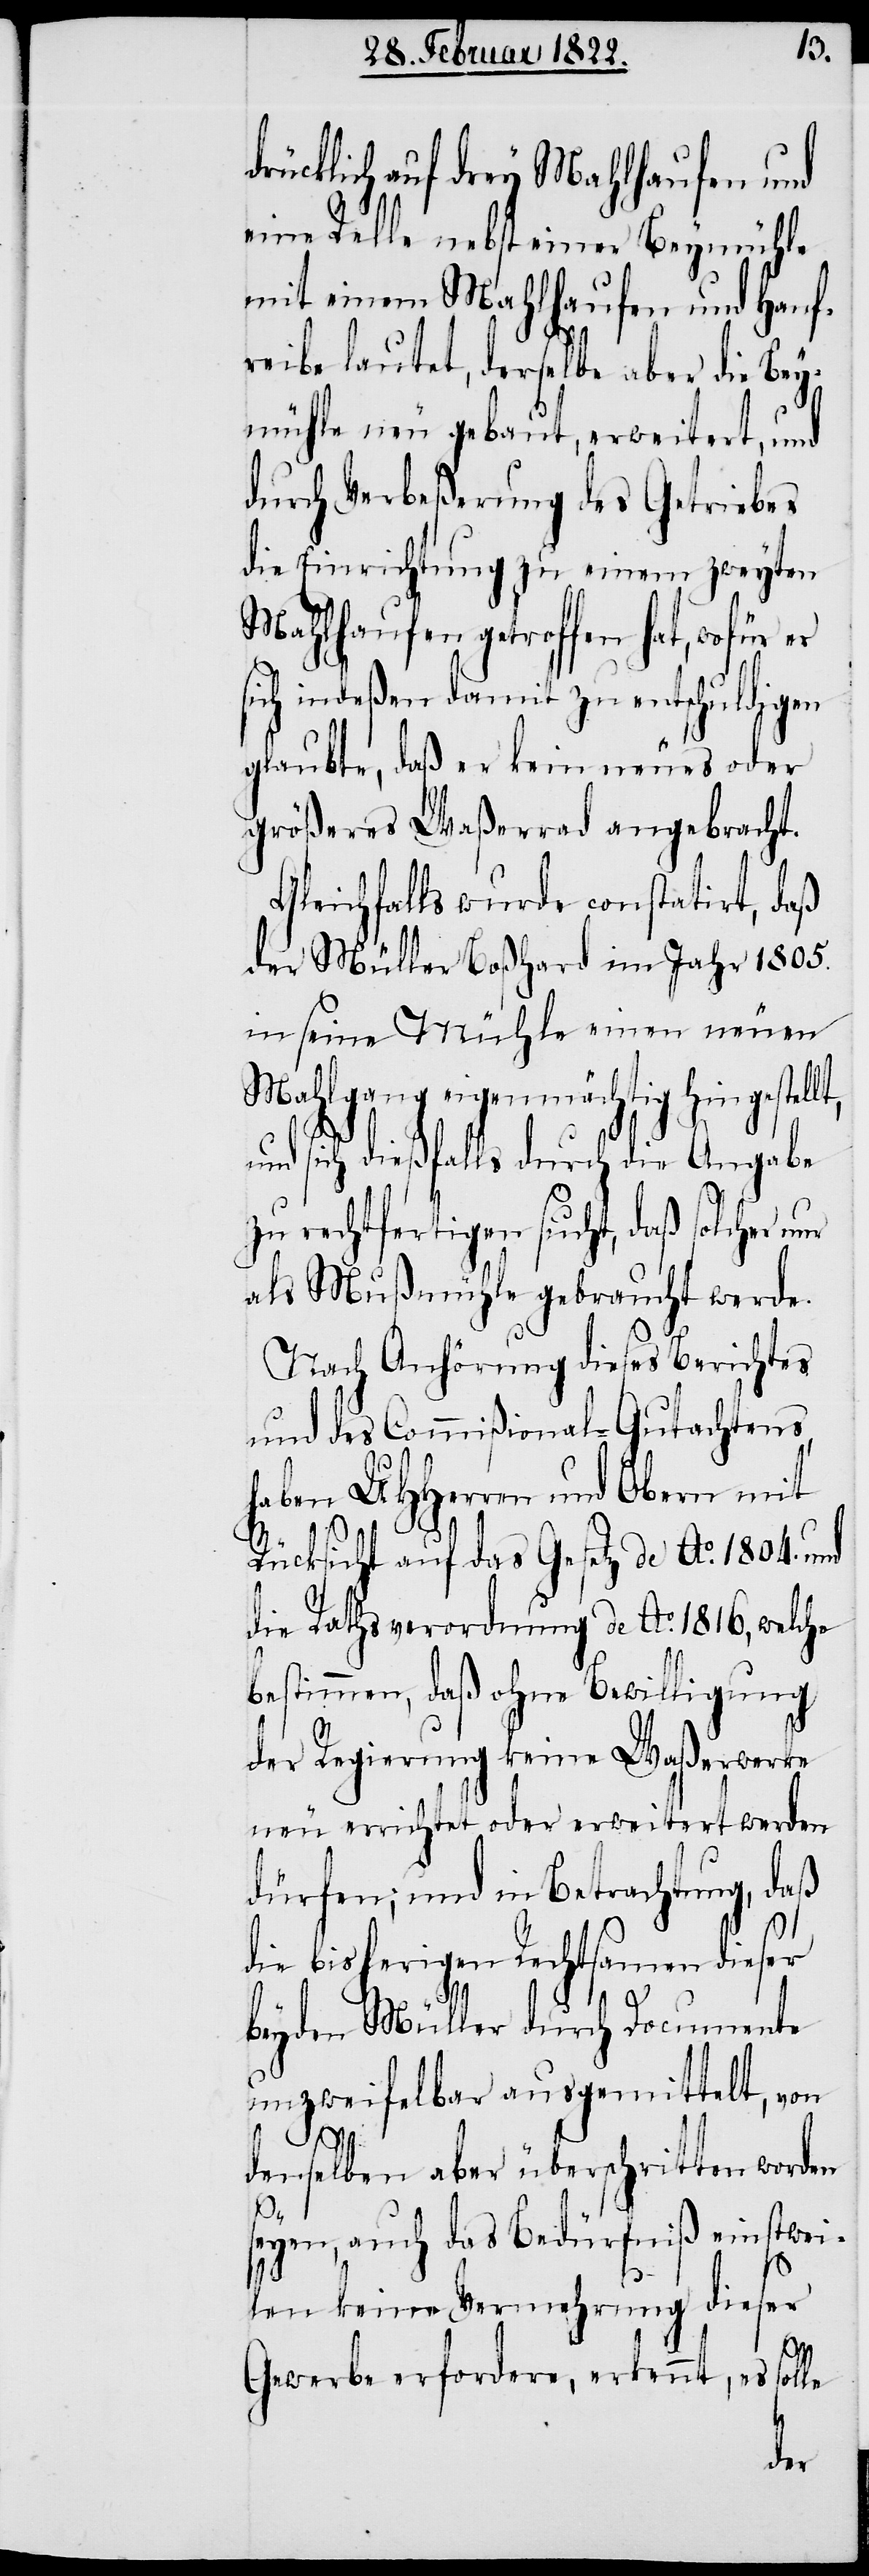
drücklich auf drey Mahlhaufen und
eine Relle nebst einer Beymühle
mit einem Mahlhaufen und Hauf¬
reibe lautet, derselbe aber die Bey¬
mühle neu gebaut, erweitert, und
durch Verbeßerung des Getriebes
die Einrichtung zu einem zweyten
Mahlhaufen getroffen hat, wofür
ich indeßen damit zu entschuldigen
glaubte, daß er kein neues oder
größeres Waßerrad angebracht.
Gleichfalls wurde constatirt, daß
der Müller Boßhard im Jahr 1805.
in seine Mühle einen neuen
Mahlgang eigenmächtig hingestell¬
und sich dießfalls durch die Angabe
zu rechtfertigen sucht, daß solche nur
als Mußmühle gebraucht werde.
Nach Anhörung dieses Berichtes
und des Commißional-Gutachtens,
haben UHHerren und Obern mit
t,
Rücksicht auf das Gesetz de Ao. 1804. und
die Rathsverordnung de Ao. 1816, welche
bestimmen, daß ohne Bewilligung
der Regierung keine Waßerwerke
neu errichtet oder erweitert werden
dürfen; und in Betrachtung, daß
die bisherigen Rechtsamen dieser
beyden Müller durch Documente
unzweifelbar ausgemittelt, von
denselben aber überschritten worden
seyen, auch das Bedürfniß einstwei¬
len keine Vermehrung dieser
Gewerbe erfordere, erkennt, es solle